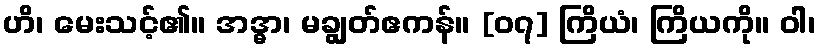
ဟိ၊ မေးသင့်၏။ အဒ္ဓာ၊ မချွတ်ဧကန်။ [၀၇] ကြိယံ၊ ကြိယကို။ ဝါ၊